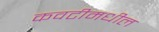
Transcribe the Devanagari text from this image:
कवटीमधील